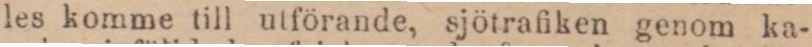
les komme till utförande, sjötrafiken genom ka-